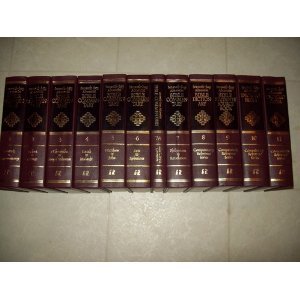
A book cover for Seventh Day Adventist Bible Commentary 10 vol.set 1: Genesis - Deuteronomy, 2: Joshua - 2 Kings, 3: 1 Chronicles - Song of Solomon, 4: Isaiah - Malachi, 5: Matthew - John, 6: Acts - Ephesians, 7: Philippians - Revelation, 8: Bible Dictionary & Atlas,; Christian Books & Bibles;